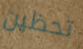
تحظين